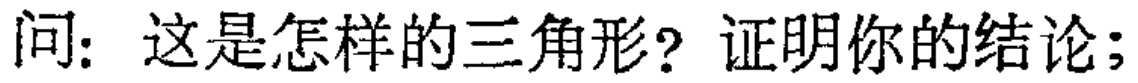
问：这是怎样的三角形？证明你的结论；